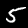
Digit: 5